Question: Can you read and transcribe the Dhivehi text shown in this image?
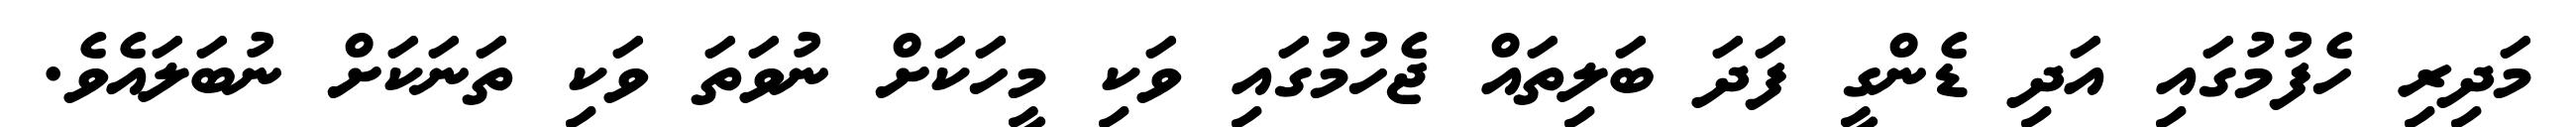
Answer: މަދިރި ހެފުމުގައި އަދި ޑެންގީ ފަދަ ބަލިތައް ޖެހުމުގައި ވަކި މީހަކަށް ނުވަތަ ވަކި ތަނަކަށް ނުބަލައެވެ.